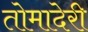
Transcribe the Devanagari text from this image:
तोमादेरी